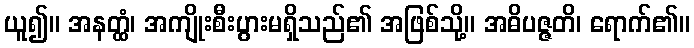
ယူ၍။ အနတ္ထံ၊ အကျိုးစီးပွားမရှိသည်၏ အဖြစ်သို့။ အဓိပဇ္ဇတိ၊ ရောက်၏။